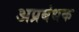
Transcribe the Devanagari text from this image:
अप्रबंधक